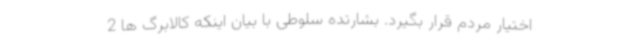
اختیار مردم قرار بگیرد. بشارتده سلوطی با بیان اینکه کالابرگ ها 2